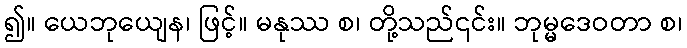
၍။ ယေဘုယျေန၊ ဖြင့်။ မနုဿ စ၊ တို့သည်၎င်း။ ဘုမ္မဒေဝတာ စ၊